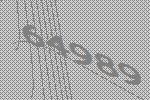
64989